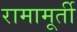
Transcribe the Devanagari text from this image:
रामामूर्ती